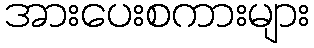
အားပေးစကားများ